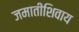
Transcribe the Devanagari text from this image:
जमातींशिवाय